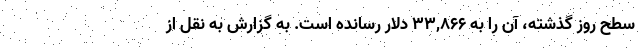
سطح روز گذشته، آن را به ۳۳,۸۶۶ دلار رسانده است. به گزارش به نقل از